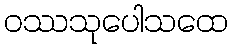
ဝဿသုပေါသထေ